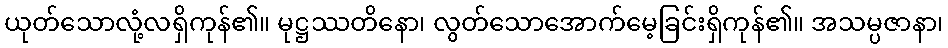
ယုတ်သောလုံ့လရှိကုန်၏။ မုဋ္ဌဿတိနော၊ လွတ်သောအောက်မေ့ခြင်းရှိကုန်၏။ အသမ္ပဇာနာ၊